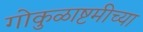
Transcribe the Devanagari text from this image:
गोकुळाष्टमीच्या